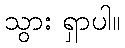
သွား ရှာပါ။